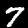
Digit: 7